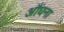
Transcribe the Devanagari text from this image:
औंघना